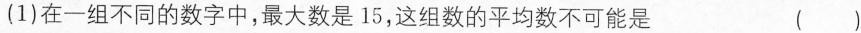
(1)在一组不同的数字中，最大数是15，这组数的平均数不可能是 ( )